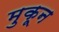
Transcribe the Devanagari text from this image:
मुकून